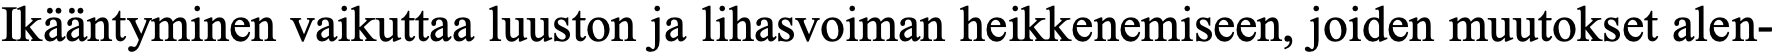
Ikääntyminen vaikuttaa luuston ja lihasvoiman heikkenemiseen, joiden muutokset alen-